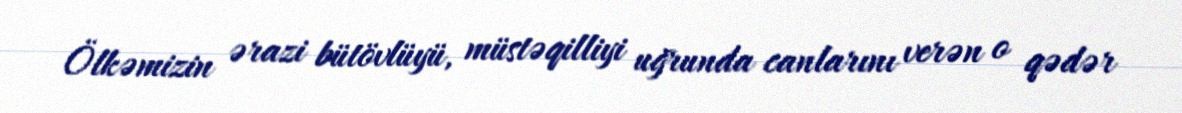
Ölkəmizin ərazi bütövlüyü, müstəqilliyi uğrunda canlarını verən o qədər